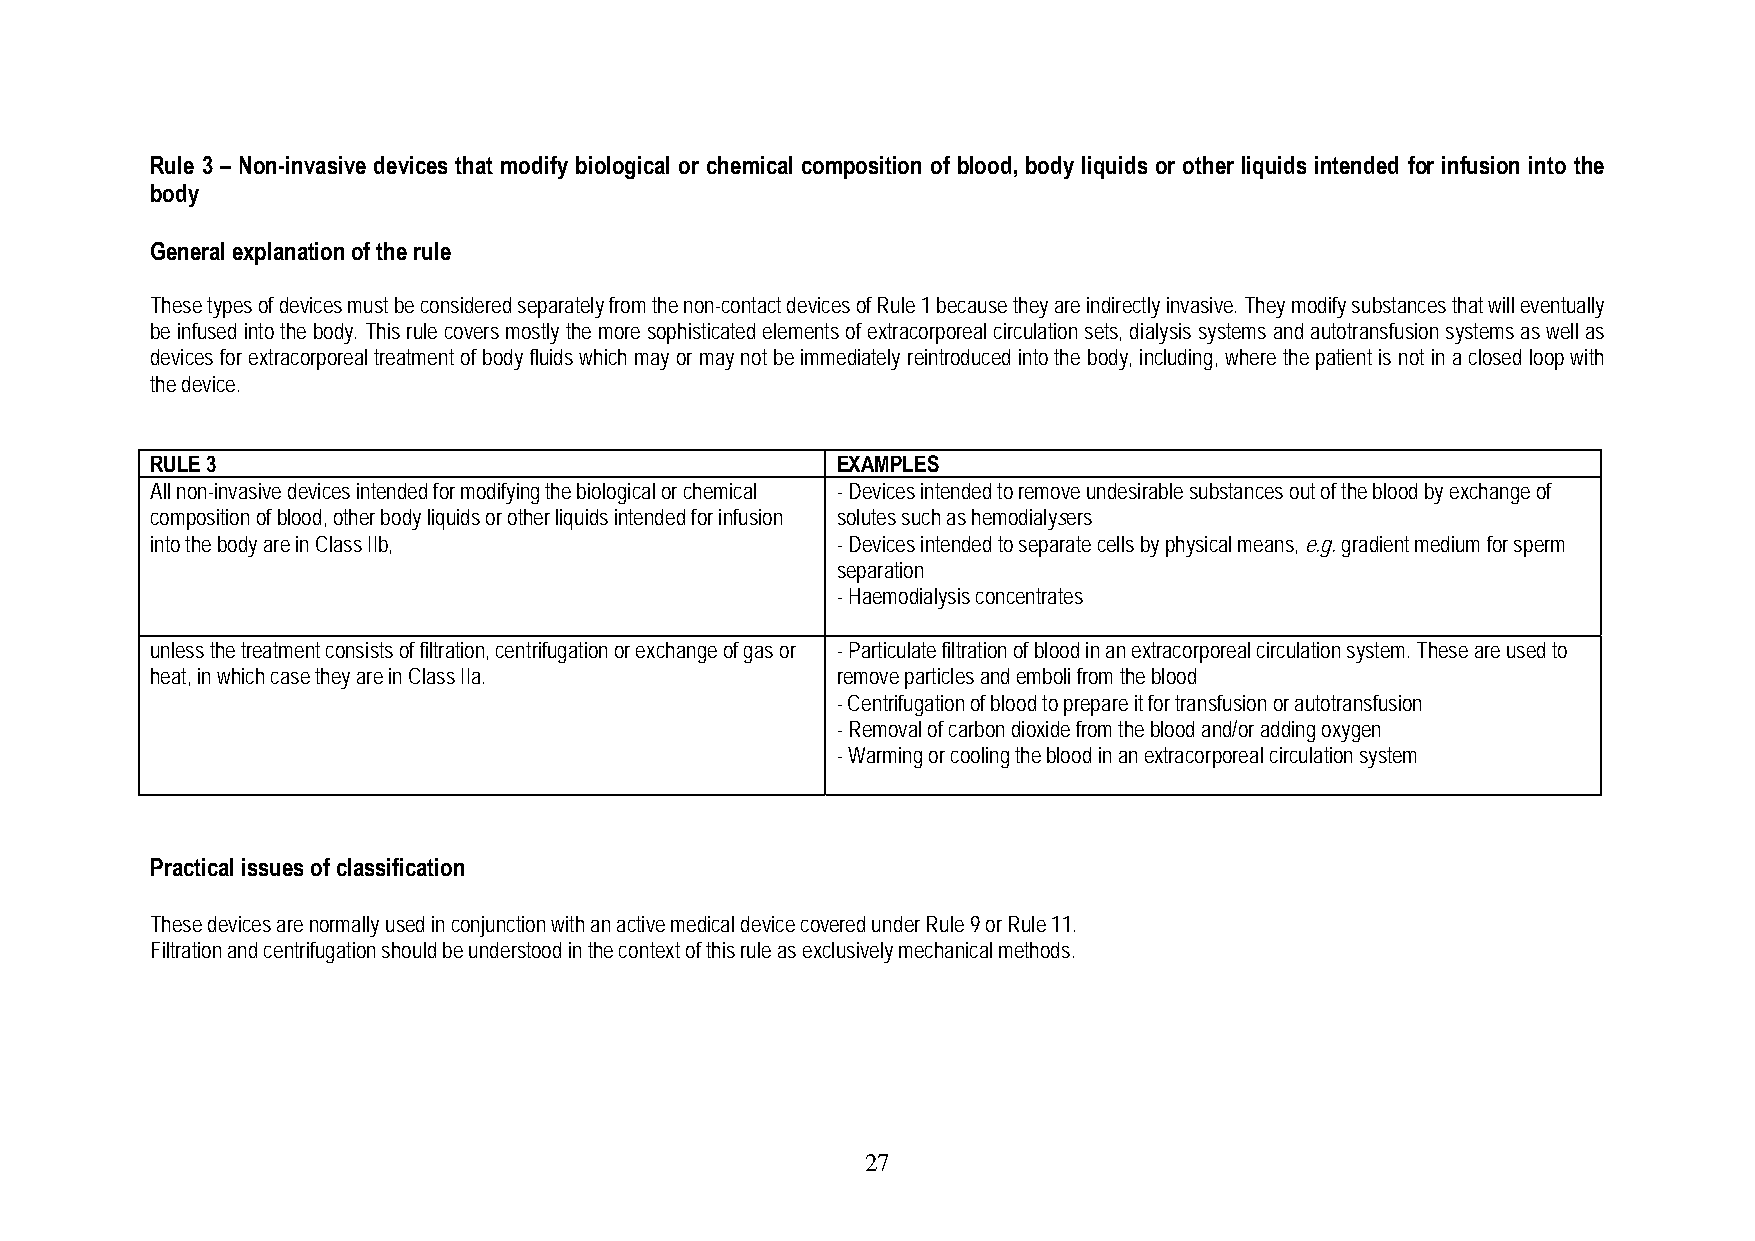
Rule 3 – Non-invasive devices that modify biological or chemical composition of blood, body liquids or other liquids intended for infusion into the
 body
 General explanation of the rule
 These types of devices must be considered separately from the non-contact devices of Rule 1 because they are indirectly invasive. They modify substances that will eventually
 be infused into the body. This rule covers mostly the more sophisticated elements of extracorporeal circulation sets, dialysis systems and autotransfusion systems as well as
 devices for extracorporeal treatment of body fluids which may or may not be immediately reintroduced into the body, including, where the patient is not in a closed loop with
 the device.
 RULE 3                                       EXAMPLES
 All non-invasive devices intended for modifying the biological or chemical - Devices intended to remove undesirable substances out of the blood by exchange of
 composition of blood, other body liquids or other liquids intended for infusion solutes such as hemodialysers
 into the body are in Class IIb,              - Devices intended to separate cells by physical means, e.g. gradient medium for sperm
 separation
 - Haemodialysis concentrates
 unless the treatment consists of filtration, centrifugation or exchange of gas or - Particulate filtration of blood in an extracorporeal circulation system. These are used to
 heat, in which case they are in Class IIa.   remove particles and emboli from the blood
 - Centrifugation of blood to prepare it for transfusion or autotransfusion
 - Removal of carbon dioxide from the blood and/or adding oxygen
 - Warming or cooling the blood in an extracorporeal circulation system
 Practical issues of classification
 These devices are normally used in conjunction with an active medical device covered under Rule 9 or Rule 11.
 Filtration and centrifugation should be understood in the context of this rule as exclusively mechanical methods.
 2 7